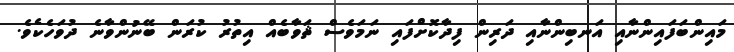
މައިންބަފައިންނާއި އަނބިންނާއި ދަރިން ފިދާކޮށްފައި ނަމަވެސް ޘަވާބެއް އިތުރު ކުރަން ބޭނުންވާނެ ދުވަހެކެވެ.